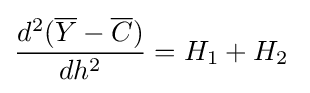
{\frac {d^{2}({\overline {Y}}-{\overline {C}})}{dh^{2}}}=H_{1}+H_{2}\;